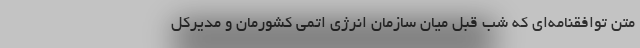
متن توافقنامه‌ای که شب قبل میان سازمان انرژی اتمی کشورمان و مدیرکل